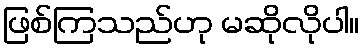
ဖြစ်ကြသည်ဟု မဆိုလိုပါ။